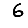
Digit: 6